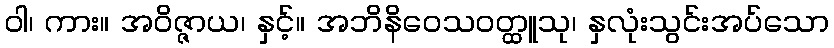
ဝါ၊ ကား။ အဝိဇ္ဇာယ၊ နှင့်။ အဘိနိဝေသဝတ္ထူသု၊ နှလုံးသွင်းအပ်သော